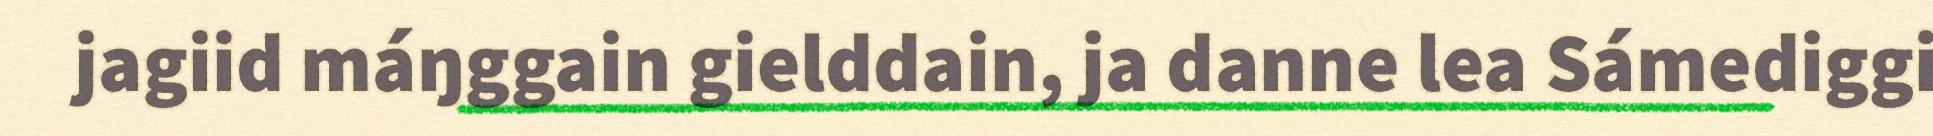
jagiid máŋggain gielddain, ja danne lea Sámediggi